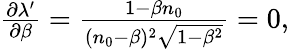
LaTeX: \begin{array}{r}{\frac{\partial\lambda^{\prime}}{\partial\beta}=\frac{1-\beta n_{0}}{(n_{0}-\beta)^{2}\sqrt{1-\beta^{2}}}=0,}\end{array}